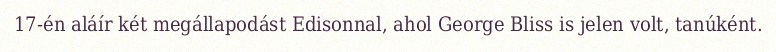
17-én aláír két megállapodást Edisonnal, ahol George Bliss is jelen volt, tanúként.